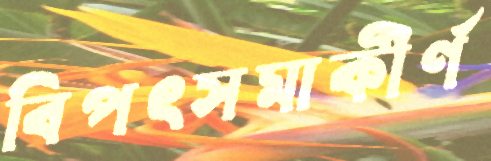
বিপৎসমাকীর্ণ